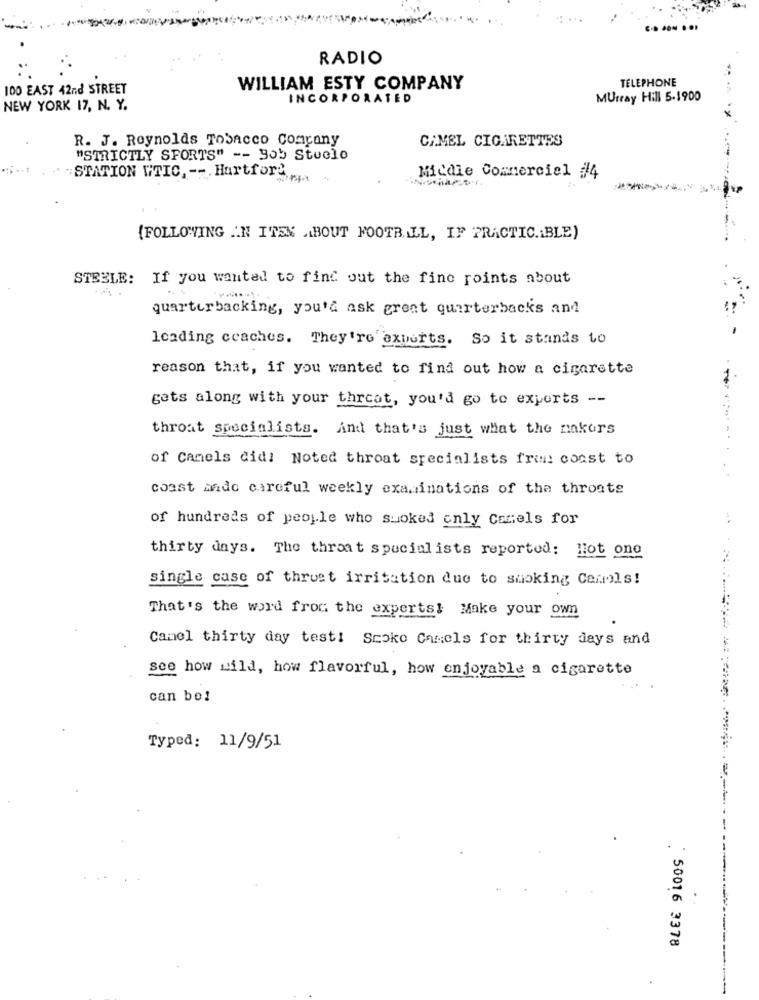
RADIO
TELEPHONE
100 EAST 42nd STREET
WILLIAM ESTY COMPANY
INCORPORATED
Murray Hill 5-1900
NEW YORK 17, N. Y.
R. J. Reynolds ToSACCO Company
CA.MEL CIGARETTES
"STRICTLY SPORTS" -- Bob Stuele
STATION WTIC, -- Hartford
Micdie Commercial #/4
{FOLLOWING .N ITEN ABOUT FOOTBALL, IF PRACTIC.iBLE)
STEELE: If you wanted to find out the fine points about
quarterbacking, you'd ask great quarterbacks and
leading coaches. They're' experts. So it stands to
reason that, if you wanted to find out how a cigarette
gets along with your thrcat, you'd go to experts --
throat specialists. And that's just what the makers
of Camels did! Noted throat specialists frun coast to
coast made careful weekly examinations of the throats
of hundreds of people who suoked only Comels for
-.
thirty days. The throat specialists reported: Hot one
single case of thrust irritation due to smoking Canals!
That's the word from the experts! Make your own
Camel thirty day test! Scoko Camels for thirty days and
see how wild, how flavorful, how enjoyable a cigarette
can be!
Typed: 11/9/51
: 50016 3378